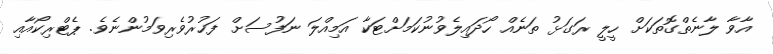
އާވާ ލާނެތްގޮތަކަށް ހީލީ ރަގަޅު ތަނެއް ހޯދައިލެވުނުކަމަށްޓަކާ އަމިއްލަ ނަފުސަށް ފަޚުރުވެރިވަމުންނެވެ. ޕެޓްރިކޯއާއި